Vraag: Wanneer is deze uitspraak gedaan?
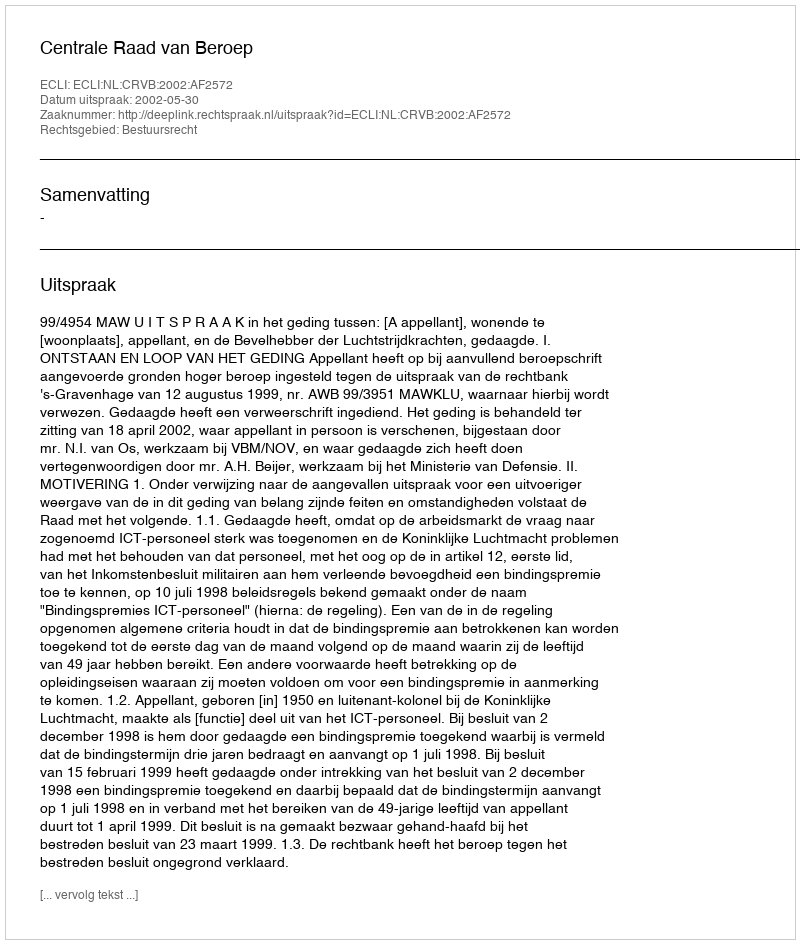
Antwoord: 2002-05-30